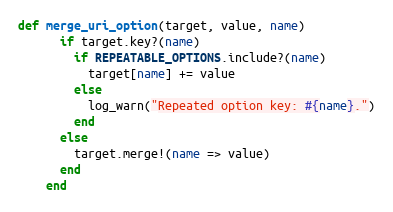
Language: Ruby
def merge_uri_option(target, value, name)
      if target.key?(name)
        if REPEATABLE_OPTIONS.include?(name)
          target[name] += value
        else
          log_warn("Repeated option key: #{name}.")
        end
      else
        target.merge!(name => value)
      end
    end